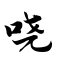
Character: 哓